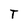
Character: T